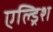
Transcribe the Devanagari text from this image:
एल्ड्रिश